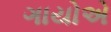
ગાયોએ